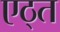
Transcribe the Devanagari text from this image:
एठ्त